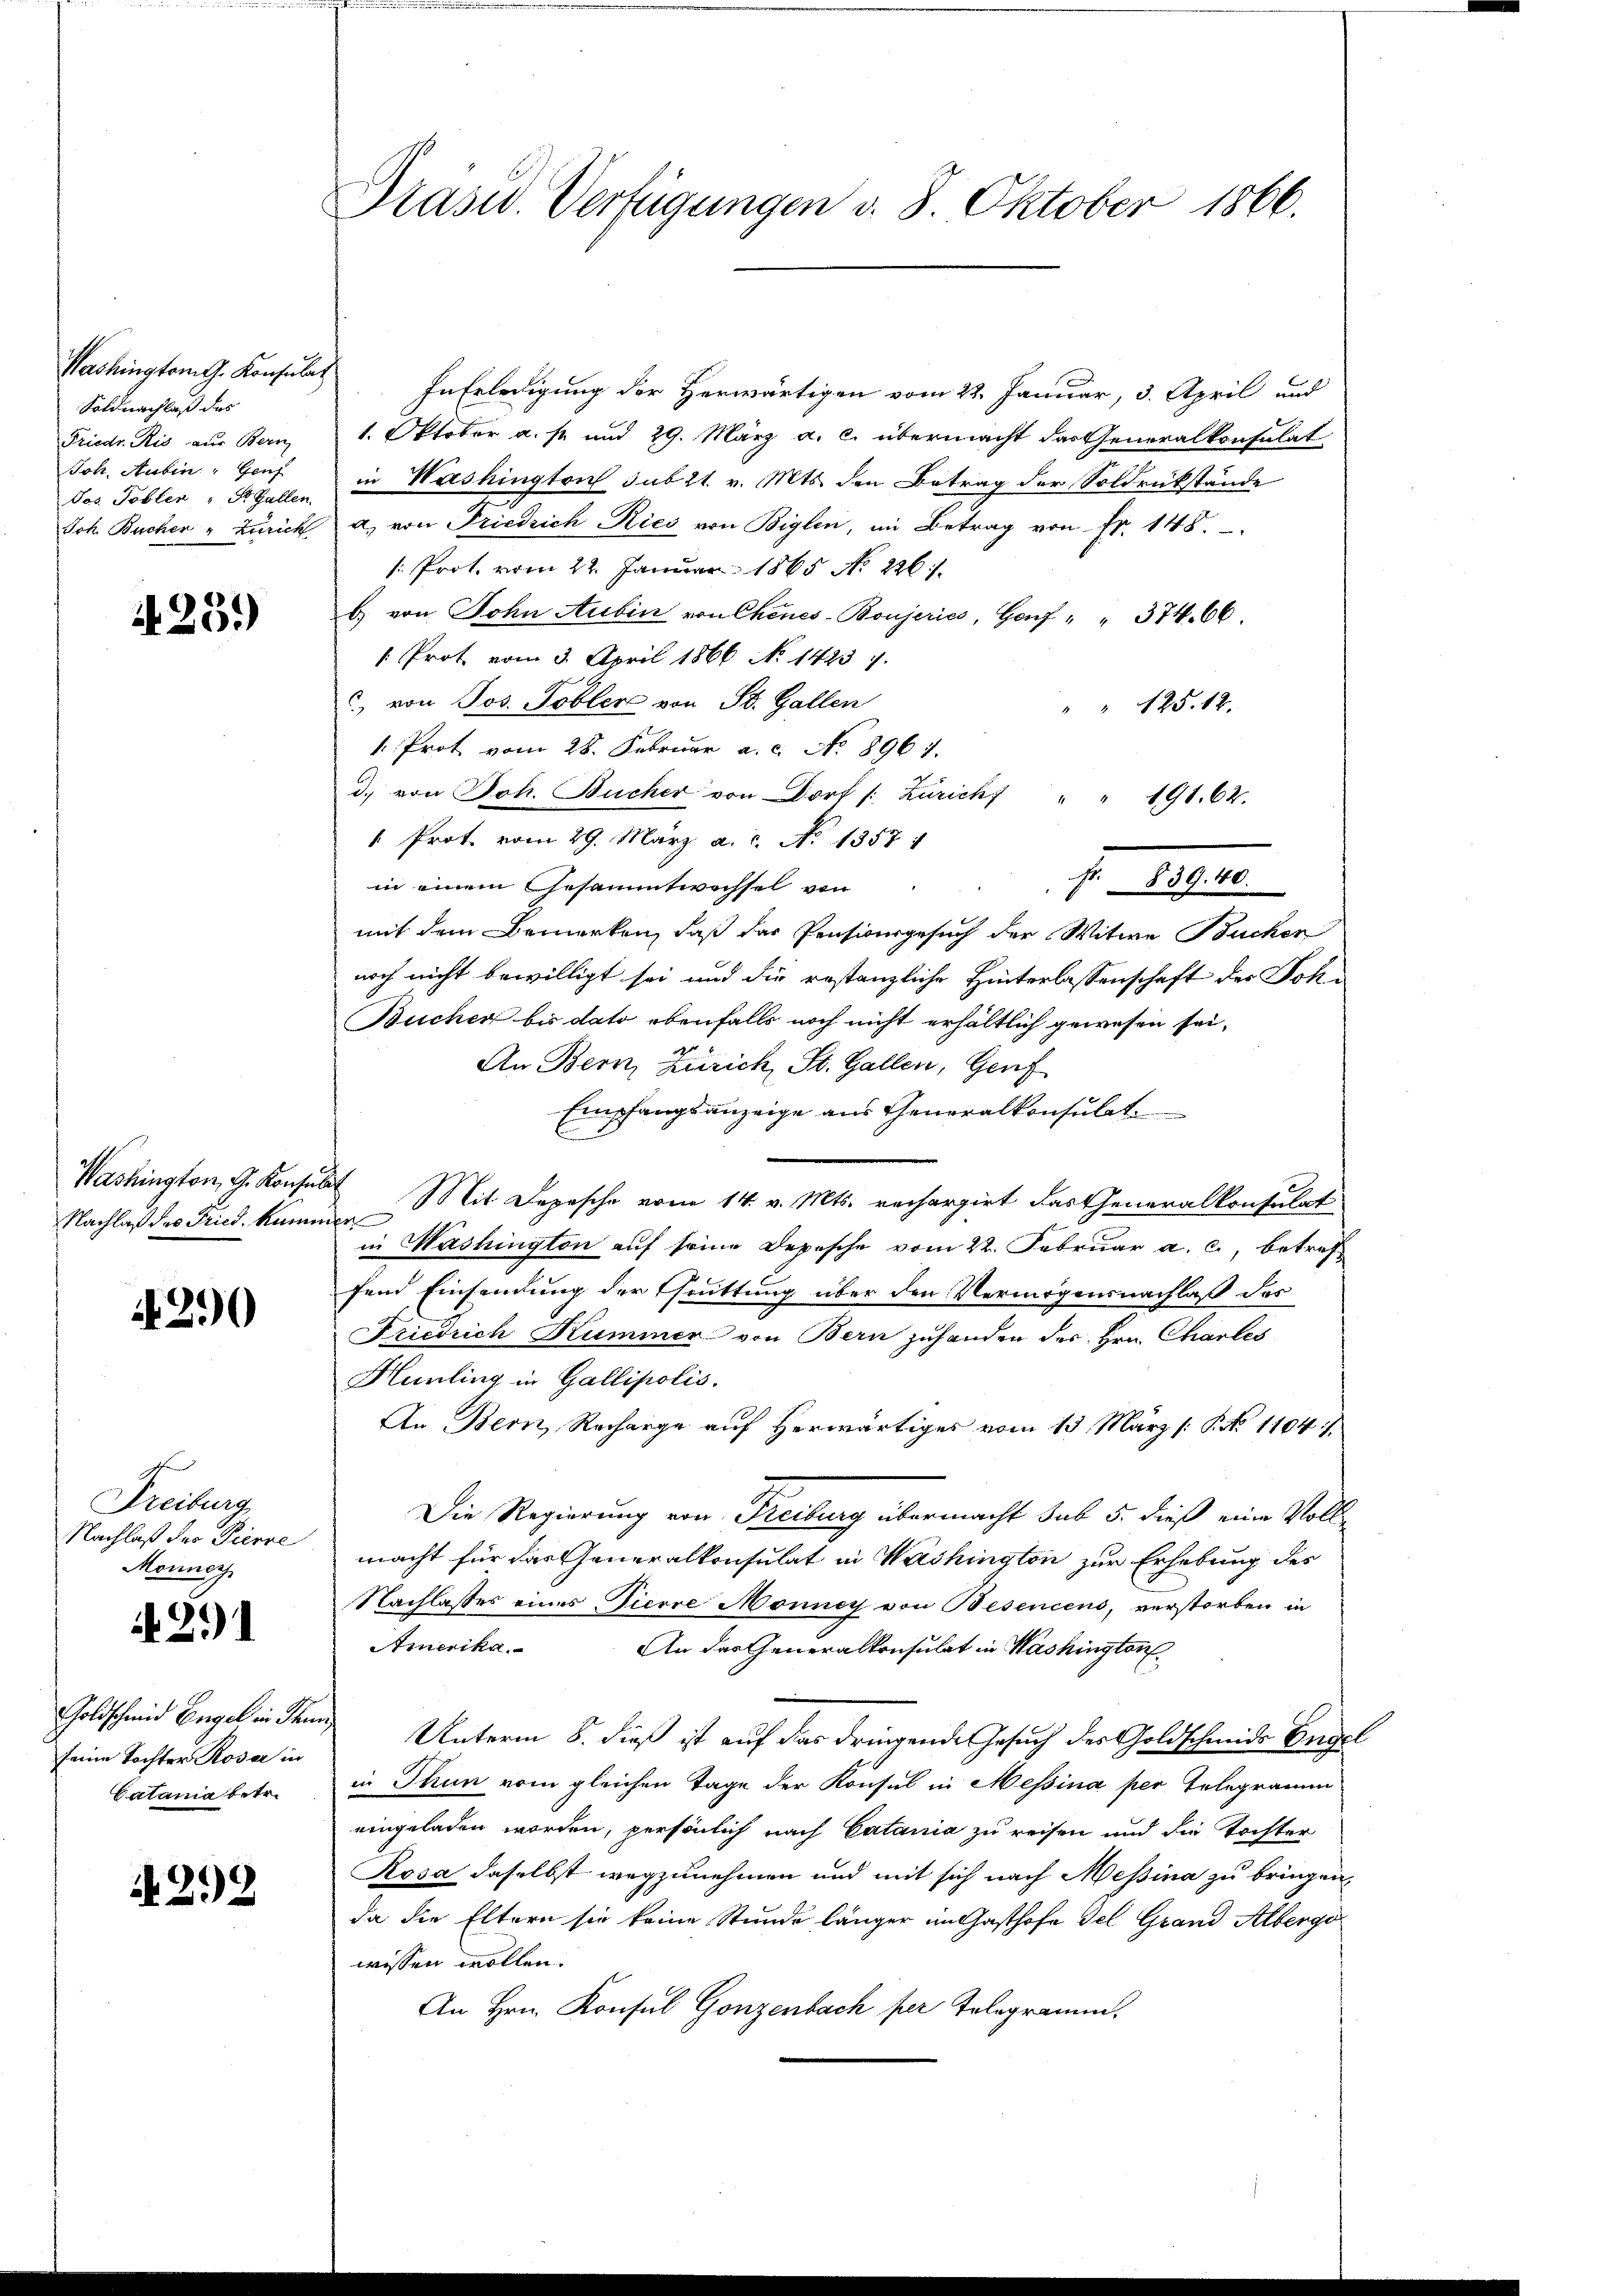
Washington G. Konsula
Soldnachlaß das
Friedr. Ris aus Bern
Joh. Rubin, Genf
Jos. Toblen - St. Gallen.
Joh. Bucher " Zürich

425.)

Washington, G. Konse
Nachlaß der Fried kann

2)

Freiburg
Nachlaß der Pierre
Monnach

.21)

Goldschmid Engel in dem
seine Tochter Roser in
Catania betr.

N 22

Präsid Verfügungen d. 8. Oktober 1866.

¬
In Erledigung der Herwärtigen vom 22. Januar, 3. April und
1. Oktober a. s. und 29. März a. c. übermacht das Generalkonsulat
in Washington sub 21. v. Mts. den Betrag der Soldrückstände
a, von Friedrich-Ries von Biglen, im Betrag von Fr. 148.
: Prot. vom 22. Januar 1865 No 226.
H von John Aubin von Chines-Boujeriés, Genf " " 374. 66.
[Prot. vom 3. April 1866 No 14237.
c, von Jos. Tobler von St. Gallen
" 125. 12.
1. Prot vom 28. Februar a. c. No. 8961.
d. von Joh. Bücher von Dorf /: Zürich " " 191. 62.
" Prot. vom 29. März a.c. No 1357.
Fr. 839. 40.
in einem Gesammtwechsel von
mit dem Bemerken, daß das Pensivergesuch der Witwe Buchen
noch nicht bewilligt sei und die restanzliche Hinterlassenschaft der Joh¬
Bucher bis dato ebenfalls noch nicht erhältlich gewesen sei,
g
An Bern, Zürich, St. Gallen, Genf
Empfangsanzeige aus Generalkonsulat
8 Mit Depesche vom 14. v. Mts. rechargirt das Generalkonsulat
t
in Washington auf seine Depesche vom 22. Februar a. c., betref
fend Einsendung der Quittung über den Vermögensnachlaß des
Friedrich Kummer von Bern zuhanden des Hrn. Charles
Hurling in Gallipolis.
An Bern, Recharge auf herwärtiges vom 13. März /: P. No 1104/
Die Regierung von Freiburg übermacht sub 5. dieß eine Vollmacht für das Generalkonsulat in Washington zur Erhebung des
Nachlasses eines Tierre Monney von Besencens, verstorben in
Amerika.
An das Generalkonsulat in Washington
 Unterm 8. dieß ist auf das dringende Gesuch der Goldschmide Engel
in Thun vom gleichen Tage der Konsul in Messina per Telegramm
eingeladen worden, persönlich nach Catania zu reisen und die Tochter
Rosa daselbst wegzunehmen und mit sich nach Messina zu bringen,
da die Eltern sie keine Stunde länger im Gasthofe del Grand Alberge
wissen wollen.
An Hrn. Konsul Gonzenbach per Telegramm.